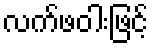
လက်ဖဝါးဖြင့်